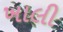
ખાલી